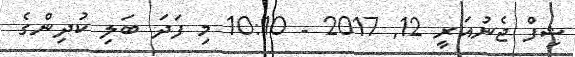
ޝިފް ޖެނުއަރީ 12